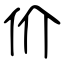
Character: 价